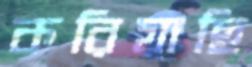
করিয়াছি